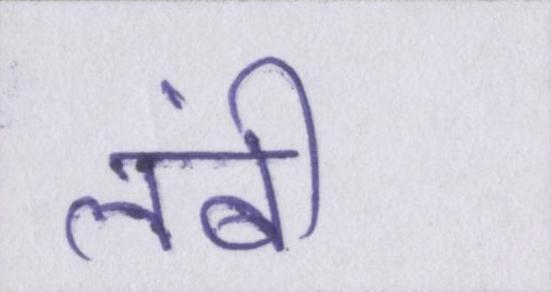
लंबी